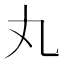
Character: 丸